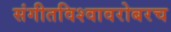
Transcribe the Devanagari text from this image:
संगीतविश्वावरोबरच